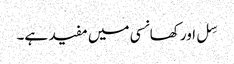
سِل اور کھانسی میں مفید ہے۔